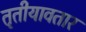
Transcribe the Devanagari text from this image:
तृतीयावतार